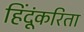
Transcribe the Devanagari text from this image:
हिंदूंकरिता